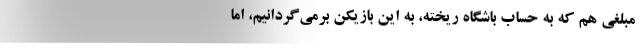
مبلغی هم که به حساب باشگاه ریخته، به این بازیکن برمی‌گردانیم، اما